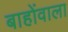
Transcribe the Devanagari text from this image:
बाहोंवाला